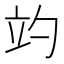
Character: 𥩘